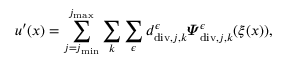
\begin{array} { r } { \boldsymbol { u } ^ { \prime } ( \boldsymbol { x } ) = \displaystyle \sum _ { j = j _ { \mathrm { m i n } } } ^ { j _ { \mathrm { m a x } } } \sum _ { \boldsymbol { k } } \sum _ { \epsilon } d _ { \mathrm { d i v } , j , \boldsymbol { k } } ^ { \epsilon } \boldsymbol { \varPsi } _ { \mathrm { d i v } , j , \boldsymbol { k } } ^ { \epsilon } ( \boldsymbol { \xi } ( \boldsymbol { x } ) ) , } \end{array}